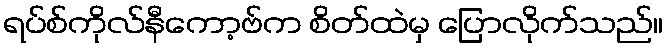
ရပ်စ်ကိုလ်နီကော့ဗ်က စိတ်ထဲမှ ပြောလိုက်သည်။